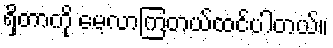
ရှိတာကို မေ့လာကြတယ်ထင်ပါတယ်။